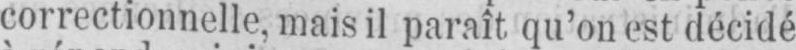
correctionnelle, mais il paraît qu’on est décidé